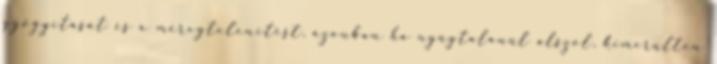
gyógyítását és a méregtelenítést, azonban ha nyugtalanul alszol, kimerülten